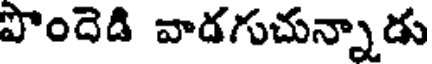
పొందెడి వాడగుచున్నాడు